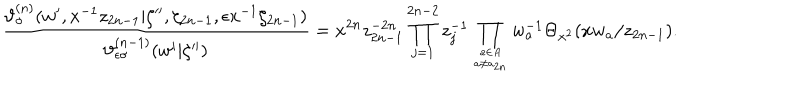
\displaystyle \frac { \vartheta _ { \sigma } ^ { ( n ) } ( w ^ { \prime } , x ^ { - 1 } z _ { 2 n - 1 } | \zeta ^ { \prime \prime } , \zeta _ { 2 n - 1 } , \epsilon x ^ { - 1 } \zeta _ { 2 n - 1 } ) } { \vartheta _ { \epsilon \sigma } ^ { ( n - 1 ) } ( w ^ { \prime } | \zeta ^ { \prime \prime } ) } = \displaystyle x ^ { 2 n } z _ { 2 n - 1 } ^ { - 2 n } \prod _ { j = 1 } ^ { 2 n - 2 } z _ { j } ^ { - 1 } \prod _ { a \in A \atop a \neq a _ { 2 n } } w _ { a } ^ { - 1 } \Theta _ { x ^ { 2 } } ( x w _ { a } / z _ { 2 n - 1 } ) .